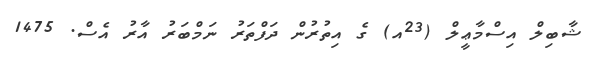
ޝާބިލް އިސްމާޢީލް (23އ) ގެ އިތުރުން ދަފްތަރު ނަމްބަރު އާރު އެސް. 1475